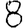
Digit: 8